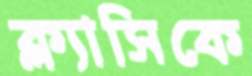
ক্ল্যাসিকে